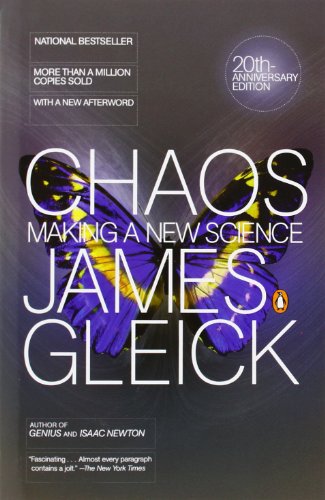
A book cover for Chaos: Making a New Science; James Gleick; Science & Math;